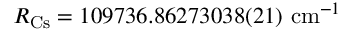
R _ { \mathrm { C s } } = 1 0 9 7 3 6 . 8 6 2 7 3 0 3 8 ( 2 1 ) ~ \mathrm { c m } ^ { - 1 }